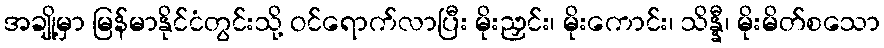
အချို့မှာ မြန်မာနိုင်ငံတွင်းသို့ ဝင်ရောက်လာပြီး မိုးညှင်း၊ မိုးကောင်း၊ သိန္နီ၊ မိုးမိတ်စသော